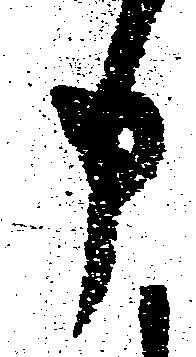
申